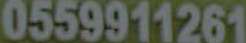
0559911261